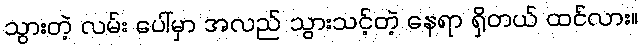
သွားတဲ့ လမ်း ပေါ်မှာ အလည် သွားသင့်တဲ့ နေရာ ရှိတယ် ထင်လား။